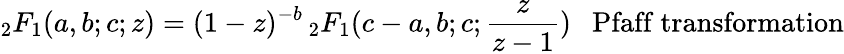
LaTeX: {}_{2}F_{1}(a,b;c;z)=(1-z)^{-b}\, {}_{2}F_{1}(c-a,b;c;{\frac{z}{z-1}})\ \ \ {\mathrm{Pfaff~transformation}}